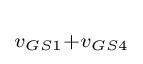
\scriptstyle v_{GS1}+v_{GS4}